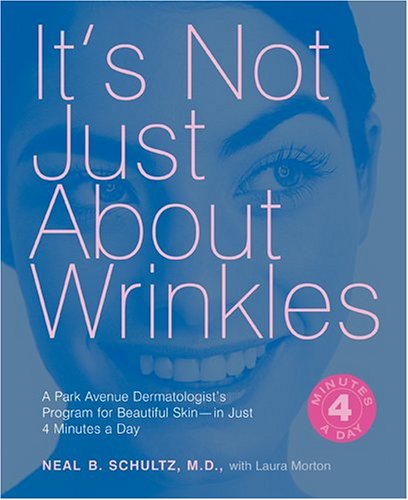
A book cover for It's Not Just About Wrinkles: A Park Avenue Dermatologist's Program for Beautiful Skin - in Just Four Minutes a Day; Neal B. Schultz MD; Health, Fitness & Dieting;